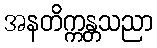
အနတိက္ကန္တသညာ